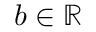
b \in \mathbb { R }